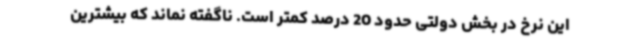
این نرخ در بخش دولتی حدود 20 درصد کمتر است. ناگفته نماند که بیشترین